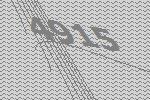
4915